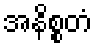
အနိစ္စတံ